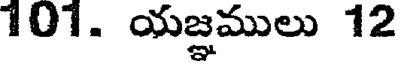
101. యజ్ఞములు 12